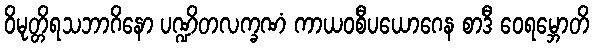
ဝိမုတ္တိရသဘာဂိနော ပဏ္ဍိတလက္ခဏံ ကာယဝစီပယောဂေန စာဒီ ဝေရမ္ဘောတိ